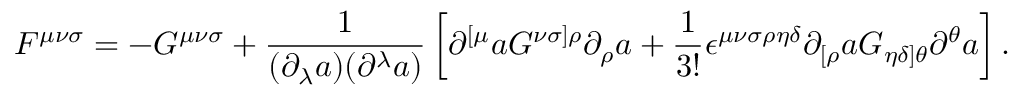
F ^ { { \mu } { \nu } { \sigma } } = - G ^ { { \mu } { \nu } { \sigma } } + \frac { 1 } { ( { \partial } _ { \lambda } a ) ( { \partial } ^ { \lambda } a ) } \left[ { \partial } ^ { [ { \mu } } a { \cal G } ^ { { \nu } { \sigma } ] { \rho } } { \partial } _ { \rho } a + \frac { 1 } { 3 ! } { \epsilon } ^ { { \mu } { \nu } { \sigma } { \rho } { \eta } { \delta } } { \partial } _ { [ { \rho } } a { \cal G } _ { { \eta } { \delta } ] { \theta } } { \partial } ^ { \theta } a \right] .